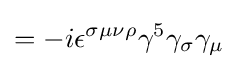
=-i\epsilon ^{\sigma \mu \nu \rho }\gamma ^{5}\gamma _{\sigma }\gamma _{\mu }